Civil Veterinary Department Bihar & Orissa reports 1929-36 - 1929-1936
Year: 1929
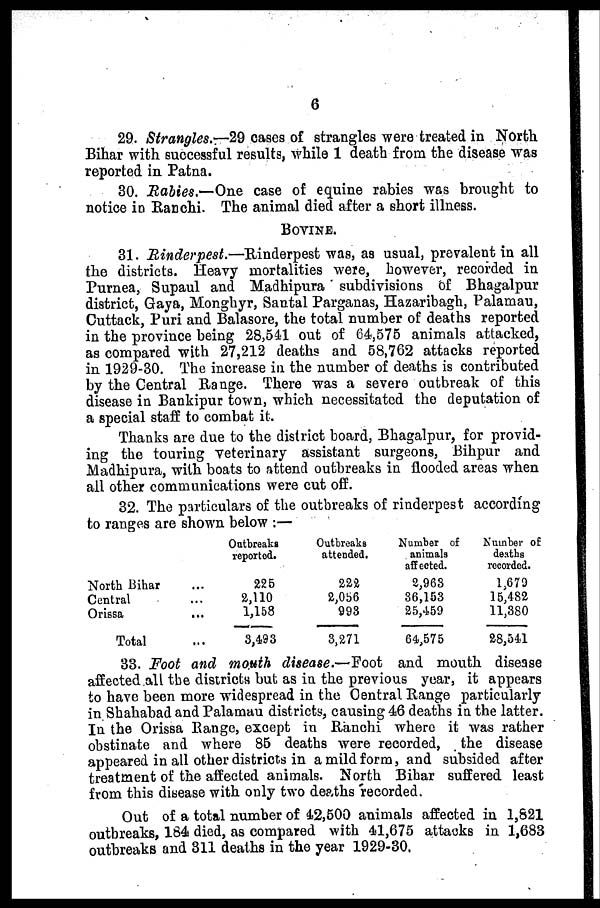
6
29. Strangles.—29 cases of strangles were treated in North
Bihar with successful results, while 1 death from the disease was
reported in Patna.
30. Rabies.—One case of equine rabies was brought to
notice in Ranchi. The animal died after a short illness.
BOVINE.
31. Rinderpest.—Rinderpest
was, as usual, prevalent in all
the districts. Heavy mortalities were, however, recorded in
Purnea, Supaul and Madhipura subdivisions of Bhagalpur
district, Gaya, Monghyr, Santal Parganas, Hazaribagh, Palamau,
Cuttack, Puri and Balasore, the total number of deaths reported
in the province being 28,541 out of 64,575 animals attacked,
as compared with 27,212 deaths and 58,762 attacks reported
in 1929-30. The increase in the number of deaths is contributed
by the Central Range. There was a severe outbreak of this
disease in Bankipur town, which necessitated the deputation of
a special staff to combat it.
Thanks are due to the district board, Bhagalpur, for provid-
ing the touring veterinary assistant surgeons, Bihpur and
Madhipura, with boats to attend outbreaks in flooded areas when
all other communications were cut off.
32. The particulars of the outbreaks of rinderpest according
to ranges are shown below :—
North Bihar ...
Central ...
Orissa ...
Total ...
Outbreaks
reported.
225
2,110
1,158
3,493
Outbreaks
attended.
222
2,056
993
3,271
Number of
animals
affected.
2,963
36,153
25,459
64,575
Number of
deaths
recorded.
1,679
15,482
11,380
28,541
33. Foot and mouth disease.—Foot and mouth disease
affected all the districts but as in the previous year, it appears
to have been more widespread in the Central. Range particularly
in Shahabad and Palamau districts, causing 46 deaths in the latter.
In the Orissa Range, except in Ranchi where it was rather
obstinate and where 85 deaths were recorded, the disease
appeared in all other districts in a mild form, and subsided after
treatment of the affected animals. North Bihar suffered least
from this disease with only two deaths recorded.
Out of a total number of 12,500 animals affected in 1,821
outbreaks, 164 died, as compared with 41,675 attacks in 1,683
outbreaks and 311 deaths in the year 1929-30.